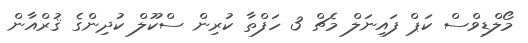
މޯލްޑިވްސް ކަޕް ފައިނަލް މެޗް 3 ހަފްތާ ކުރިން ސްކޫލް ކުދިންގެ ޤުރްއާން